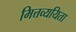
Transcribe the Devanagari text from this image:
मित्तव्ययिता